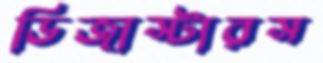
ডিজাস্টারস